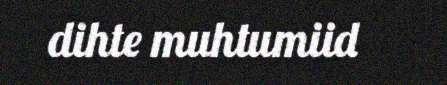
dihte muhtumiid